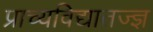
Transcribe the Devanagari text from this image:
प्राच्यविद्यातज्ज्ञ